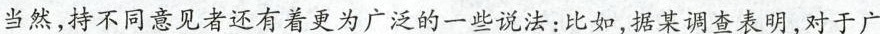
当然，持不同意见者还有着更为广泛的一些说法：比如，据某调查表明，对于广